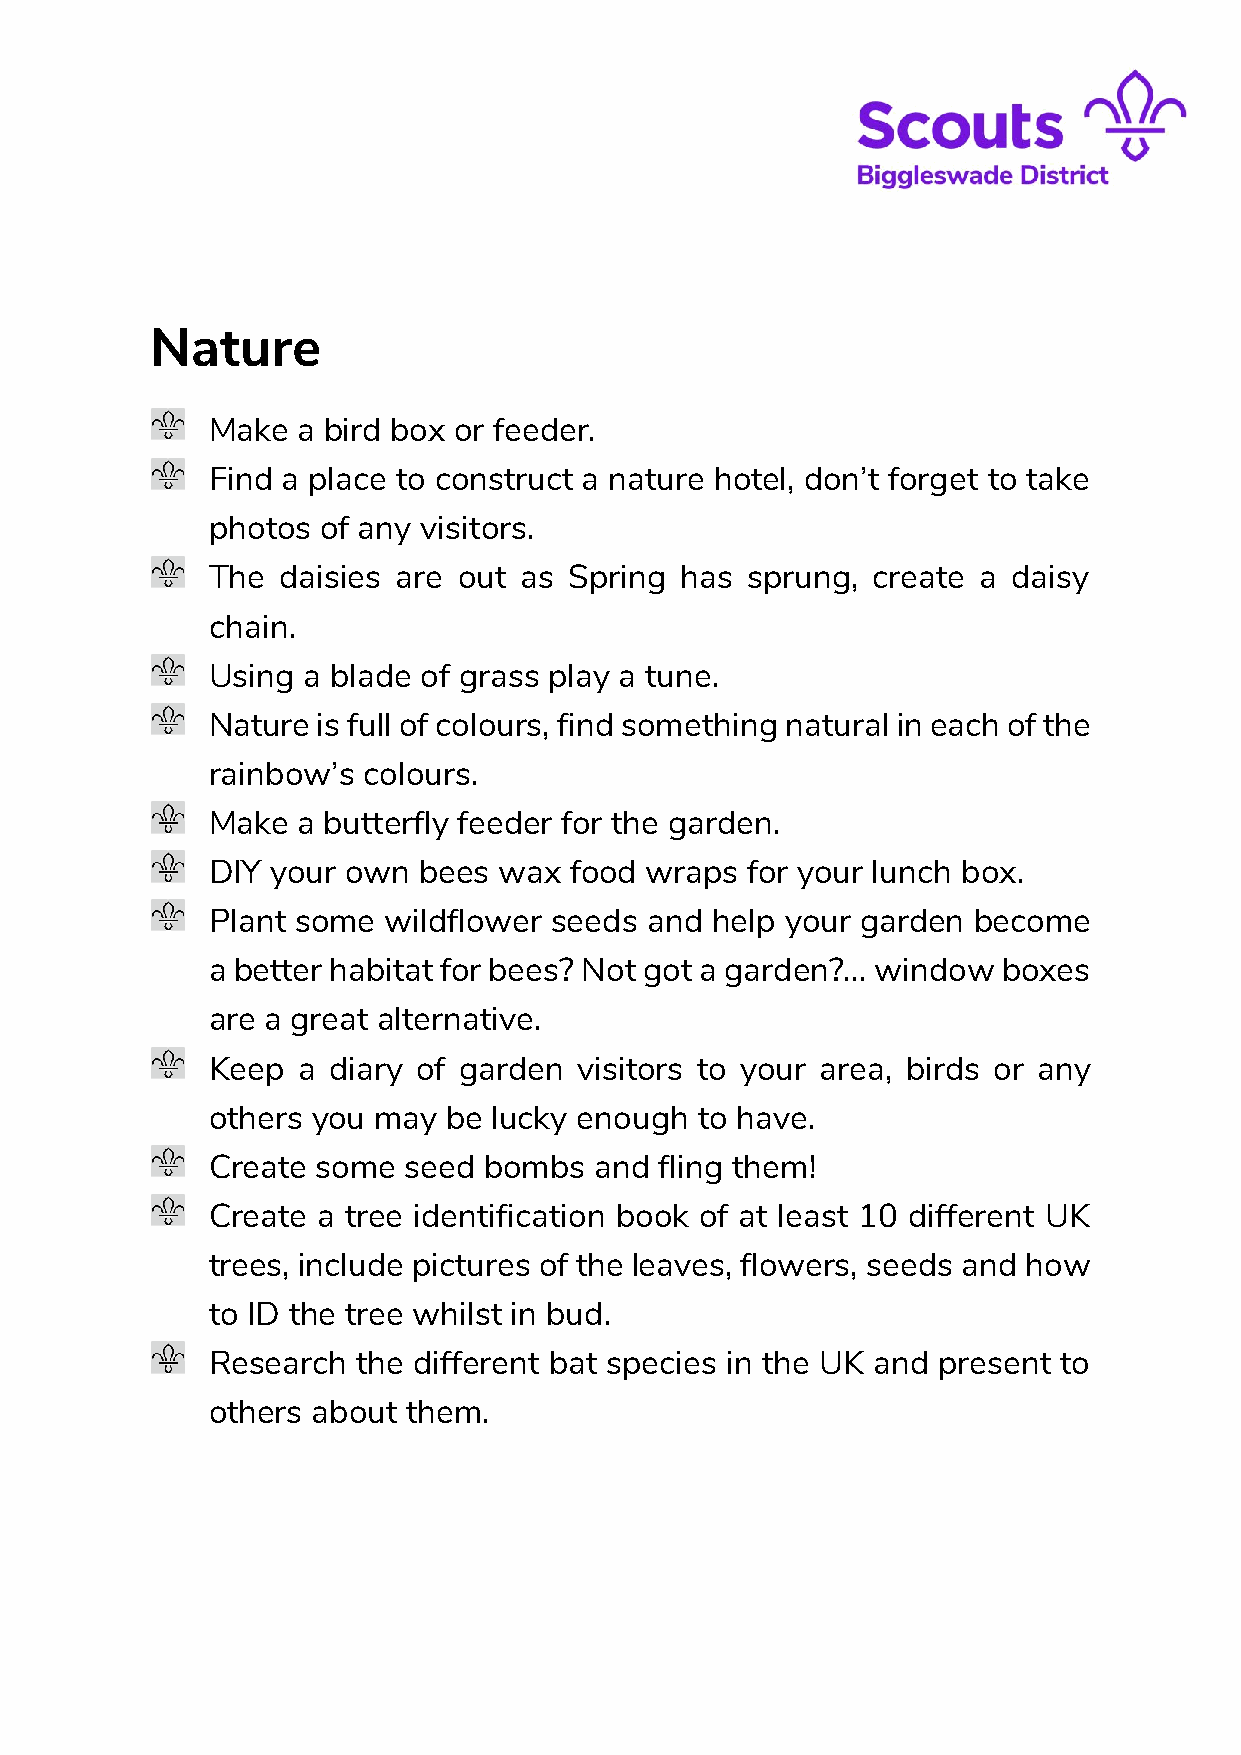
Nature
 Make  a bird box or feeder.
 Find a place to construct a nature hotel, don’t forget to take
 photos of any visitors.
 The  daisies are out as Spring has sprung,  create a daisy
 chain.
 Using a blade of grass play a tune.
 Nature is full of colours, find something natural in each of the
 rainbow’s colours.
 Make  a butterfly feeder for the garden.
 DIY your own  bees wax  food wraps for your lunch box.
 Plant some wildflower seeds  and help your garden become
 a better habitat for bees? Not got a garden?... window boxes
 are a great alternative.
 Keep  a diary of garden visitors to your area, birds or any
 others you may  be lucky enough to have.
 Create some  seed bombs  and  fling them!
 Create a tree identification book of at least 10 different UK
 trees, include pictures of the leaves, flowers, seeds and how
 to ID the tree whilst in bud.
 Research  the different bat species in the UK and present to
 others about them.